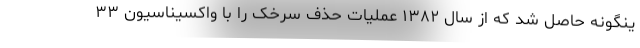
ینگونه حاصل شد که از سال ۱۳۸۲ عملیات حذف سرخک را با واکسیناسیون ۳۳